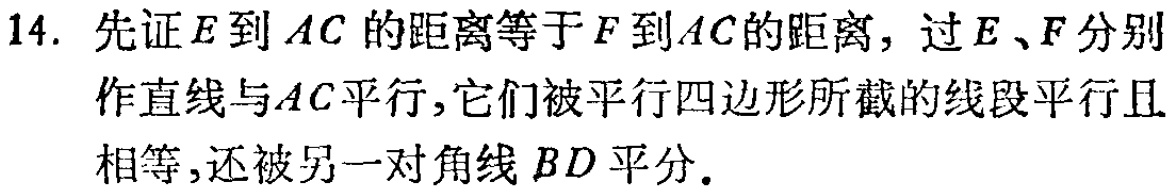
14. 先证\(E\)到\(AC\)的距离等于\(F\)到\(AC\)的距离，过\(E\)、\(F\)分别作直线与\(AC\)平行，它们被平行四边形所截的线段平行且相等，还被另一对角线\(BD\)平分.